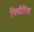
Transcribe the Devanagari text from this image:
निधौरित